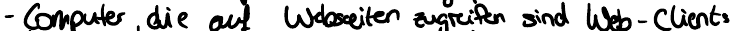
- Computer, die auf Webseiten zugreifen sind Web-Clients